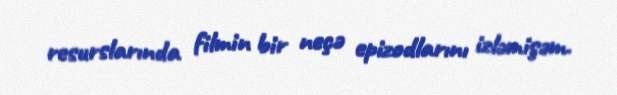
resurslarında filmin bir neçə epizodlarını izləmişəm.